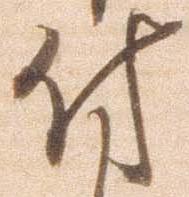
付